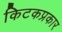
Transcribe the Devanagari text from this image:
किटकप्रकार